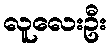
လူလေးဦး